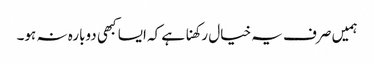
ہمیں صرف یہ خیال رکھنا ہے کہ ایسا کبھی دوبارہ نہ ہو۔